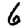
Digit: 6